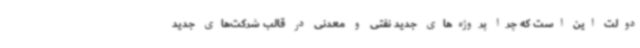
دولت این است که چرا پروژه‌های جدید نفتی و معدنی در قالب شرکت‌های جدید